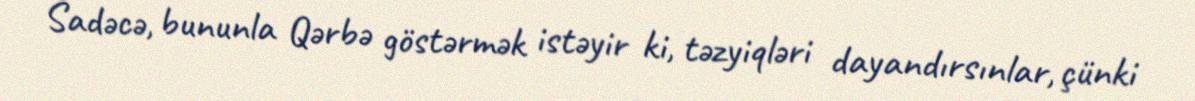
Sadəcə, bununla Qərbə göstərmək istəyir ki, təzyiqləri dayandırsınlar, çünki